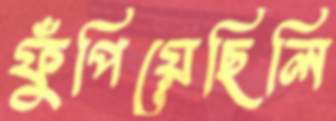
ফুঁপিয়েছিলি